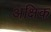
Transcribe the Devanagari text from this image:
अक्षिक